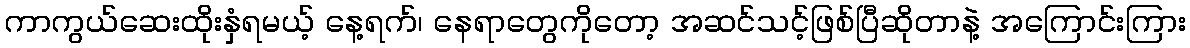
ကာကွယ်ဆေးထိုးနှံရမယ့် နေ့ရက်၊ နေရာတွေကိုတော့ အဆင်သင့်ဖြစ်ပြီဆိုတာနဲ့ အကြောင်းကြား